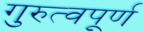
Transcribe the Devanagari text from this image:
गुरुत्वपूर्ण